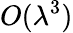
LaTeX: O(\lambda^{3})